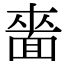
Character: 𮧌